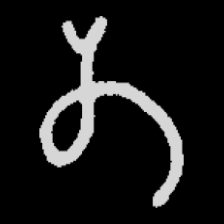
Pyu character \u2014 Myanmar letter: တ (romanized: ta)